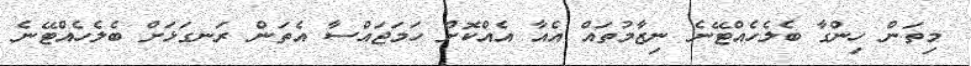
މިތަން ހިންގާ ބެލެހެއްޓޭނެ ނިޒާމުތައް އެއާ އެއްކޮށް ހަމަޖައްސާ އެތަން ރަނގަޅަށް ބެލެހެއްޓޭނެ